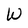
Character: W